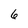
Character: 6